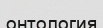
онтология